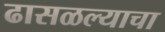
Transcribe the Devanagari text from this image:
ढासळल्याचा